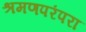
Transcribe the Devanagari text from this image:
श्रमणपरंपरा